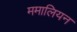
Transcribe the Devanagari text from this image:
ममालियन